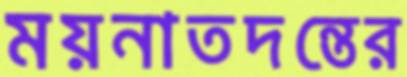
ময়নাতদন্তের